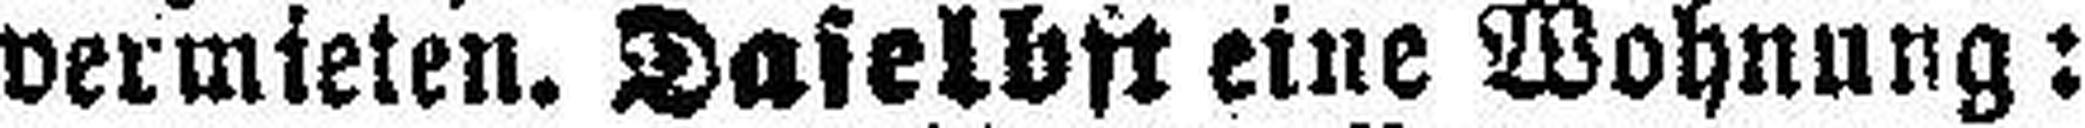
vermieten. Daselbst eine Wohnung: